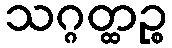
သဂ္ဂတ္ထဉ္စ